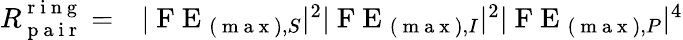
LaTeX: \begin{array}{rl}{R_{\mathrm{~p~a~i~r~}}^{\mathrm{~r~i~n~g~}}=}&{{}|\mathrm{~F~E~}_{(\mathrm{~m~a~x~}),S}|^{2}|\mathrm{~F~E~}_{(\mathrm{~m~a~x~}),I}|^{2}|\mathrm{~F~E~}_{(\mathrm{~m~a~x~}),P}|^{4}}\end{array}